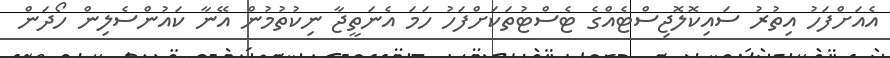
އެއަށްފަހު އިތުރު ސައިކޮލޮޖިސްޓެއްގެ ޓެސްޓުތަކަށްފަހު ހަމަ އެނަތީޖާ ނިކުތުމުން އޭނާ ކައުންސެލިން ހޯދަން